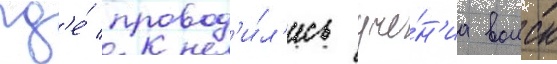
гд'е́ провод'и́л'ись уче́н'иа воиск